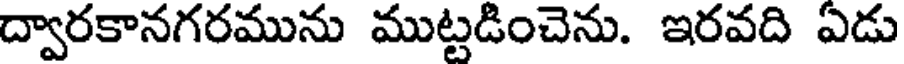
ద్వారకానగరమును ముట్టడించెను. ఇరవది ఏడు